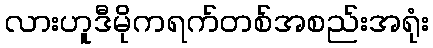
လားဟူဒီမိုကရက်တစ်အစည်းအရုံး